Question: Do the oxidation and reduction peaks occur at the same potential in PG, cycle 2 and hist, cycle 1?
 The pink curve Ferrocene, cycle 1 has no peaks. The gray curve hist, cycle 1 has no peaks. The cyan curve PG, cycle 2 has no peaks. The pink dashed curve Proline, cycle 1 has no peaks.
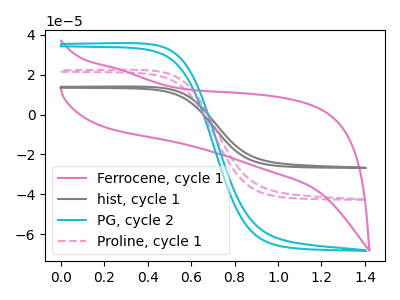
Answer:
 <answer>Niether CV has any peaks.</answer>
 <eval>blanks</eval>